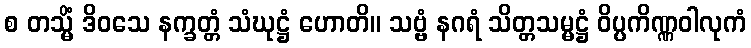
စ တသ္မိံ ဒိဝသေ နက္ခတ္တံ သံဃုဋ္ဌံ ဟောတိ။ သဗ္ဗံ နဂရံ သိတ္တသမ္မဋ္ဌံ ဝိပ္ပကိဏ္ဏဝါလုကံ